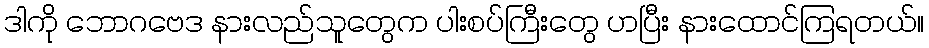
ဒါကို ဘောဂဗေဒ နားလည်သူတွေက ပါးစပ်ကြီးတွေ ဟပြီး နားထောင်ကြရတယ်။